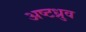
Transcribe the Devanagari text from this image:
अष्टध्रुव